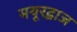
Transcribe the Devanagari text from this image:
मयूरद्वाज